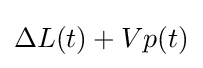
\Delta L(t)+Vp(t)